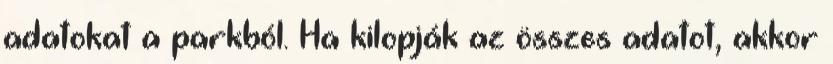
adatokat a parkból. Ha kilopják az összes adatot, akkor